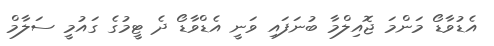
އެޑުވާޑޯ މަންމަ ޖޮއިލްމާ ބުނަފައި ވަނީ އެޑްވާޑޯ ދެ ޓީމުގެ ގައުމީ ސަލާމް